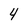
Character: 4